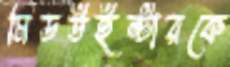
মিডউইন্টারকে